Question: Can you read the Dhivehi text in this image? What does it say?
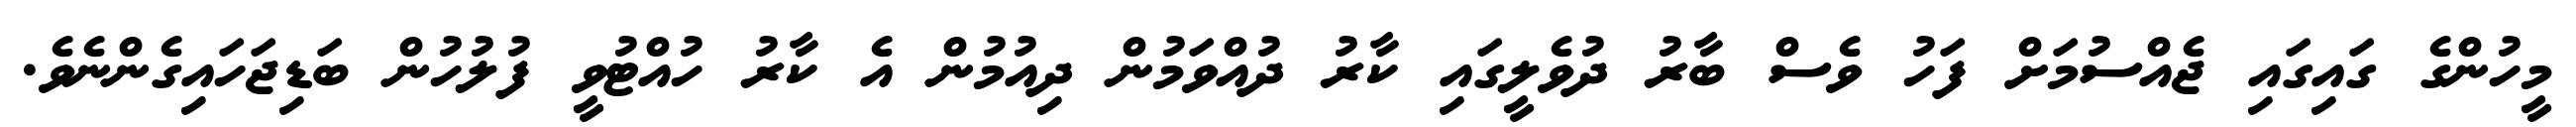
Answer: މީހުންގެ ގައިގައި ޖެއްސުމަށް ފަހު ވެސް ބާރު ދުވެލީގައި ކާރު ދުއްވަމުން ދިއުމުން އެ ކާރު ހުއްޓުވީ ފުލުހުން ބަޑިޖަހައިގެންނެވެ.